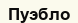
Пуэбло